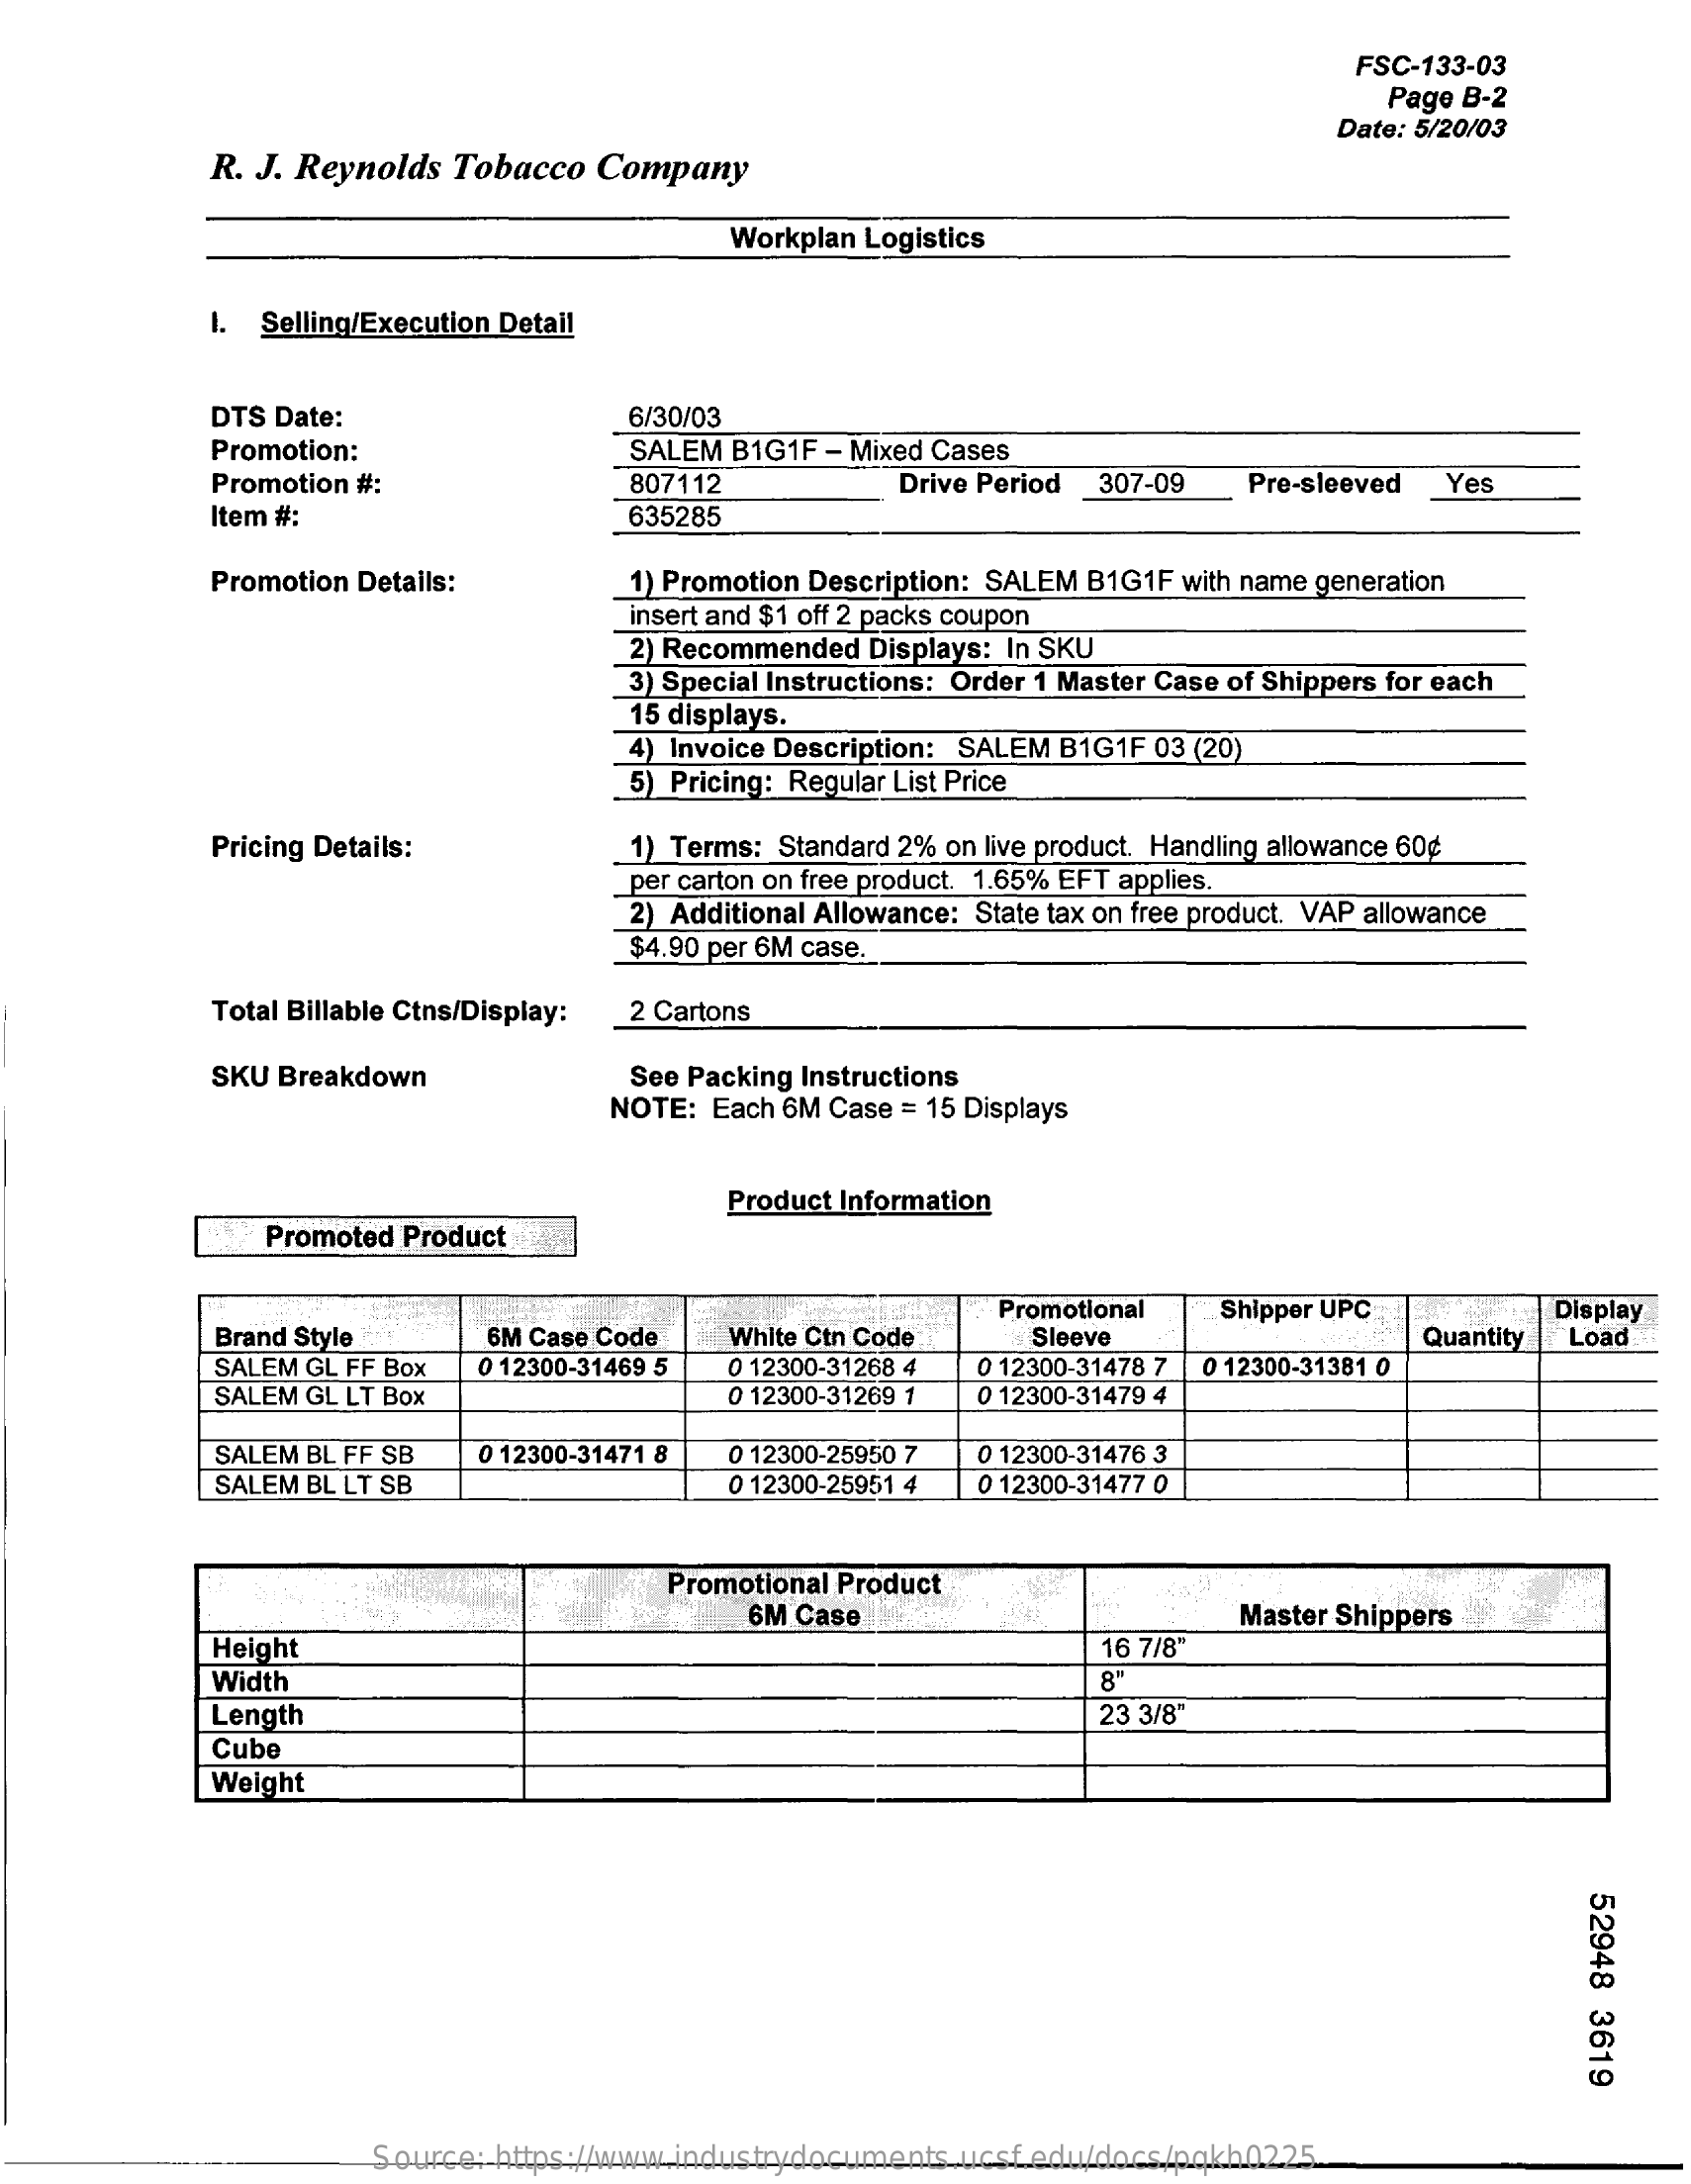
FSC-133-03
     Page B-2
     Date: 5/20/03
     R. J. Reynolds Tobacco Company
     Workplan Logistics
     I. Selling/Execution Detail
     DTS Date:    6/30/03
     Promotion:    SALEM B1G1F - Mixed Cases
     Promotion #:    807112    Drive Period 307-09 Pre-sleeved Yes
     Item #:    635285
     Promotion Details:    1) Promotion Description: SALEM B1G1F with name generation
     insert and $1 off 2 packs coupon
     2) Recommended Displays: In SKU
     3) Special Instructions: Order 1 Master Case of Shippers for each
     15 displays.
     4) Invoice Description: SALEM B1G1F 03 (20)
     5) Pricing: Regular List Price
     Pricing Details:    1) Terms: Standard 2% on live product. Handling allowance 60¢
     _per carton on free product. 1.65% EFT applies.
     2) Additional Allowance: State tax on free product. VAP allowance
     $4.90 per 6M case.
     Total Billable Ctns/Display: 2 Cartons
     SKU Breakdown    See Packing Instructions
     NOTE: Each 6M Case = 15 Displays
     Product Information
     Promoted Product
     6M Case Code White Ctn Code
     Promotional Shipper UPC
     Brand Style    Sleeve
     0 12300-31478 7 0 12300-31381 0
     Quantity
     Display
     Load
     SALEM GL FF Box 0 12300-31469 5 0 12300-31268 4
     SALEM GL LT Box    0 12300-31269 1 0 12300-31479 4
     SALEM BL FF SB 0 12300-31471 8 0 12300-25950 7 0 12300-31476 3
     SALEM BL LT SB    0 12300-25951 4 0 12300-31477 0
     Promotional Product
     6M Case    Master Shippers
     Height    16 7/8"
     Width    8"
     Length    23 3/8"
     Cube
     Weight
     52948
     3619
     Source: https://www.industrydocuments.ucsf.edu/docs/pqkh0225